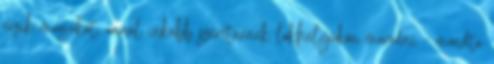
érzik magukat, annál inkább szeretnének lakhelyükön maradni - mondta